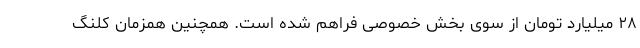
۲۸ میلیارد تومان از سوی بخش خصوصی فراهم شده است. همچنین همزمان کلنگ